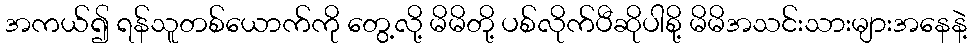
အကယ်၍ ရန်သူတစ်ယောက်ကို တွေ့လို့ မိမိတို့ ပစ်လိုက်ပီဆိုပါစို့ မိမိအသင်းသားများအနေနဲ့